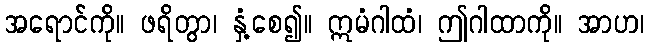
အရောင်ကို။ ဖရိတွာ၊ နှံ့စေ၍။ ဣမံဂါထံ၊ ဤဂါထာကို။ အာဟ၊